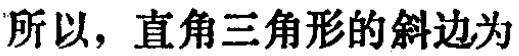
所以，直角三角形的斜边为